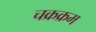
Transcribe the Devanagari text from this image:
चक्रक्रम